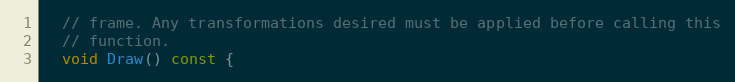
Language: C
  // frame. Any transformations desired must be applied before calling this
  // function.
  void Draw() const {